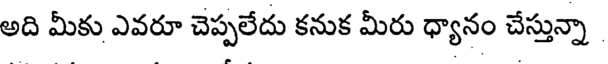
అది మీకు ఎవరూ చెప్పలేదు కనుక మీరు ధ్యానం చేస్తున్నా